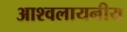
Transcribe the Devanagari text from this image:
आश्वलायनीय